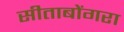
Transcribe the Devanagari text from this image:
सीताबोंगरा